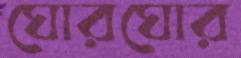
ঘোরঘোর